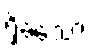
ရှိခဲ့သော